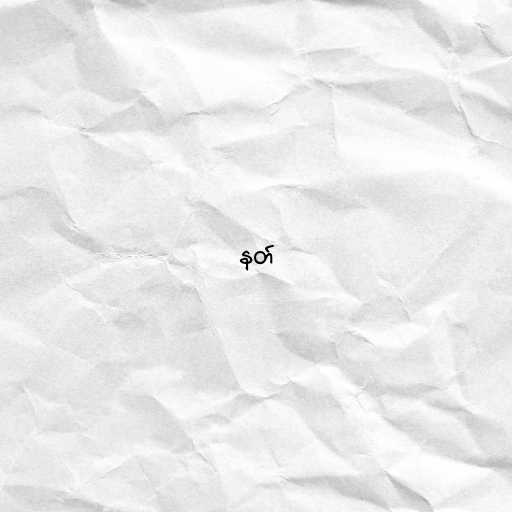
နတ်